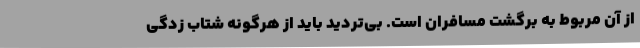
از آن مربوط به برگشت مسافران است. بی‌تردید باید از هرگونه شتاب زدگی